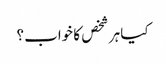
کیا ہر شخص کا خواب؟